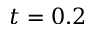
t = 0 . 2